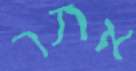
אתר